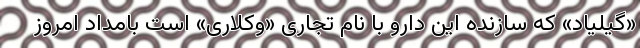
«گیلیاد» که سازنده این دارو با نام تجاری «وکلاری» است بامداد امروز